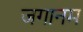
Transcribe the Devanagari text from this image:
जगानम